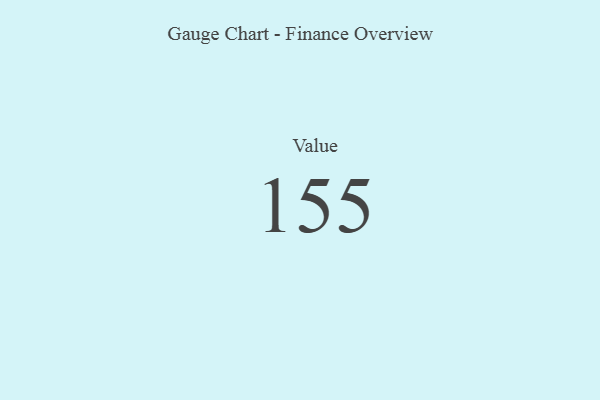
{"axis": {"x": "Metric", "y": "Value"}, "legend": [""], "data": [{"x": "Value", "y": 155, "type": ""}]}